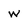
Character: w